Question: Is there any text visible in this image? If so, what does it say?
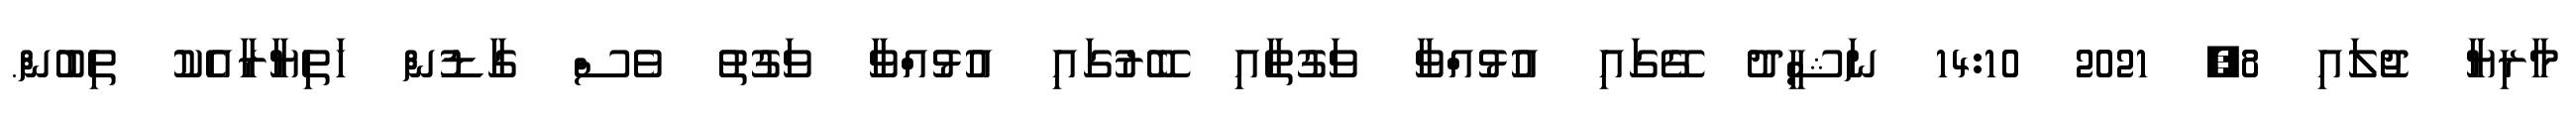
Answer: މާރިޔާ ޖުލައި 8, 2021 14:10 ނަޝީދު ގޭގައި އުޅުއްވާ ވަގުތާއި ބޭރުގައި އުޅުއްވާ ވަގުތު ވެސް ގާޑުން ހަތިޔާރާއެކު ތިބުން.